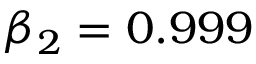
\beta _ { 2 } = 0 . 9 9 9